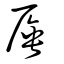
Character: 厜